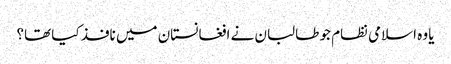
یا وہ اسلامی نظام جو طالبان نے افغانستان میں نافذ کیا تھا؟